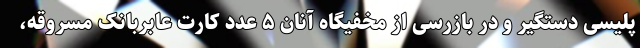
پلیسی دستگیر و در بازرسی از مخفیگاه آنان ۵ عدد کارت عابربانک مسروقه،